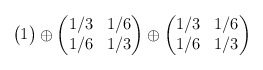
\begin{align*}\begin{pmatrix}1\end{pmatrix}\oplus\begin{pmatrix}1/3 & 1/6 \\1/6 & 1/3\end{pmatrix}\oplus\begin{pmatrix}1/3 & 1/6 \\1/6 & 1/3\end{pmatrix}\end{align*}